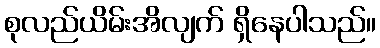
စုလည်ယိမ်းအိလျက် ရှိနေပါသည်။